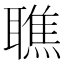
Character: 𦗠